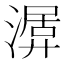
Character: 𣼨